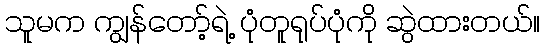
သူမက ကျွန်တော့်ရဲ့ ပုံတူရုပ်ပုံကို ဆွဲထားတယ်။